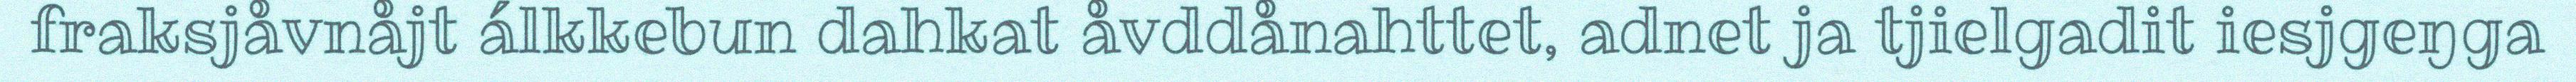
fraksjåvnåjt álkkebun dahkat åvddånahttet, adnet ja tjielgadit iesjgeŋga